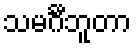
သမင်္ဂီဘူတာ